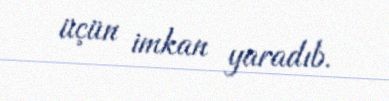
üçün imkan yaradıb.